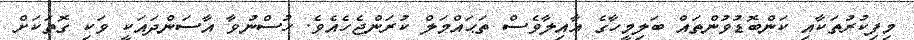
މިފިކުރުތަކާއި ކަންބޮޑުވުންތައް ބަލިމީހާގެ ޢާއިލާވެސް ތަޙައްމަލް ކުރަންޖެހެއެވެ. ހުސްނުވާ އާސަންދައަކީ ވަކި ގޮތަކަށް